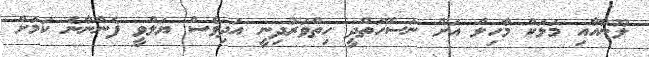
ލޫނާއާއި މަލަކް މާހިލް އަށް ނަސޭހަތްދީ ހިތްވަރުދިނީ އަދިވެސް ޔަލްވީ ފެންނާނެ ކަމަށް